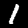
Label: 1